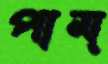
পাম্